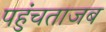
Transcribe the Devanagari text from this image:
पहुंचताजब